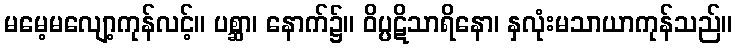
မမေ့မလျော့ကုန်လင့်။ ပစ္ဆာ၊ နောက်၌။ ဝိပ္ပဋိသာရိနော၊ နှလုံးမသာယာကုန်သည်။